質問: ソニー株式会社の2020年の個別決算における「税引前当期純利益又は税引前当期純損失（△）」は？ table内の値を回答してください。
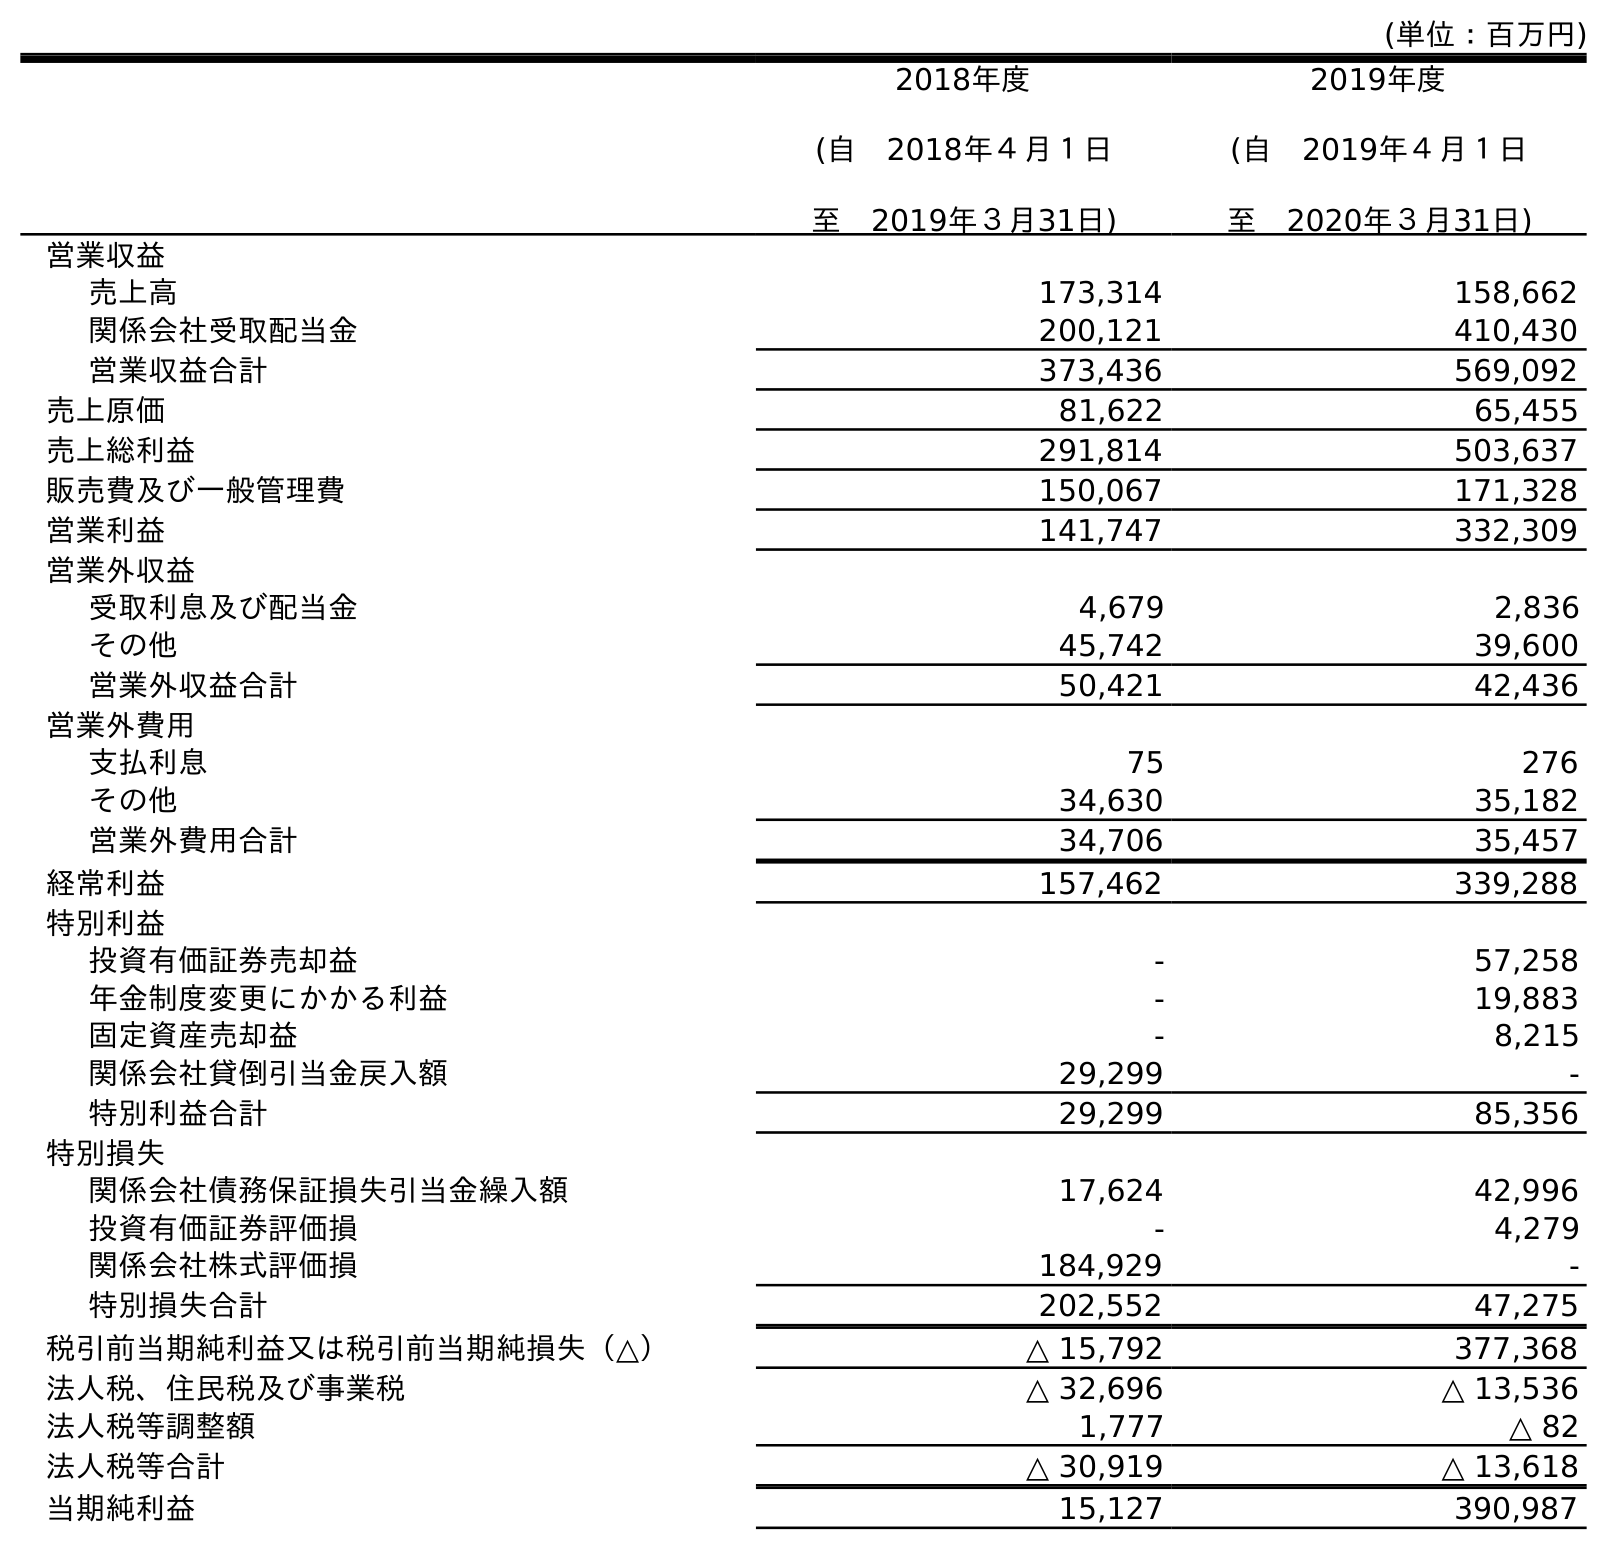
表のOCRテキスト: (単位：百万円) 2018年度 (自 2018年４月１日 至 2019年３月31日) 2019年度 (自 2019年４月１日 至 2020年３月31日) 営業収益 売上高 173,314 158,662 関係会社受取配当金 200,121 410,430 営業収益合計 373,436 569,092 売上原価 81,622 65,455 売上総利益 291,814 503,637 販売費及び一般管理費 150,067 171,328 営業利益 141,747 332,309 営業外収益 受取利息及び配当金 4,679 2,836 その他 45,742 39,600 営業外収益合計 50,421 42,436 営業外費用 支払利息 75 276 その他 34,630 35,182 営業外費用合計 34,706 35,457 経常利益 157,462 339,288 特別利益 投資有価証券売却益 - 57,258 年金制度変更にかかる利益 - 19,883 固定資産売却益 - 8,215 関係会社貸倒引当金戻入額 29,299 - 特別利益合計 29,299 85,356 特別損失 関係会社債務保証損失引当金繰入額 17,624 42,996 投資有価証券評価損 - 4,279 関係会社株式評価損 184,929 - 特別損失合計 202,552 47,275 税引前当期純利益又は税引前当期純損失（△） △ 15,792 377,368 法人税、住民税及び事業税 △ 32,696 △ 13,536 法人税等調整額 1,777 △ 82 法人税等合計 △ 30,919 △ 13,618 当期純利益 15,127 390,987
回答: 377,368